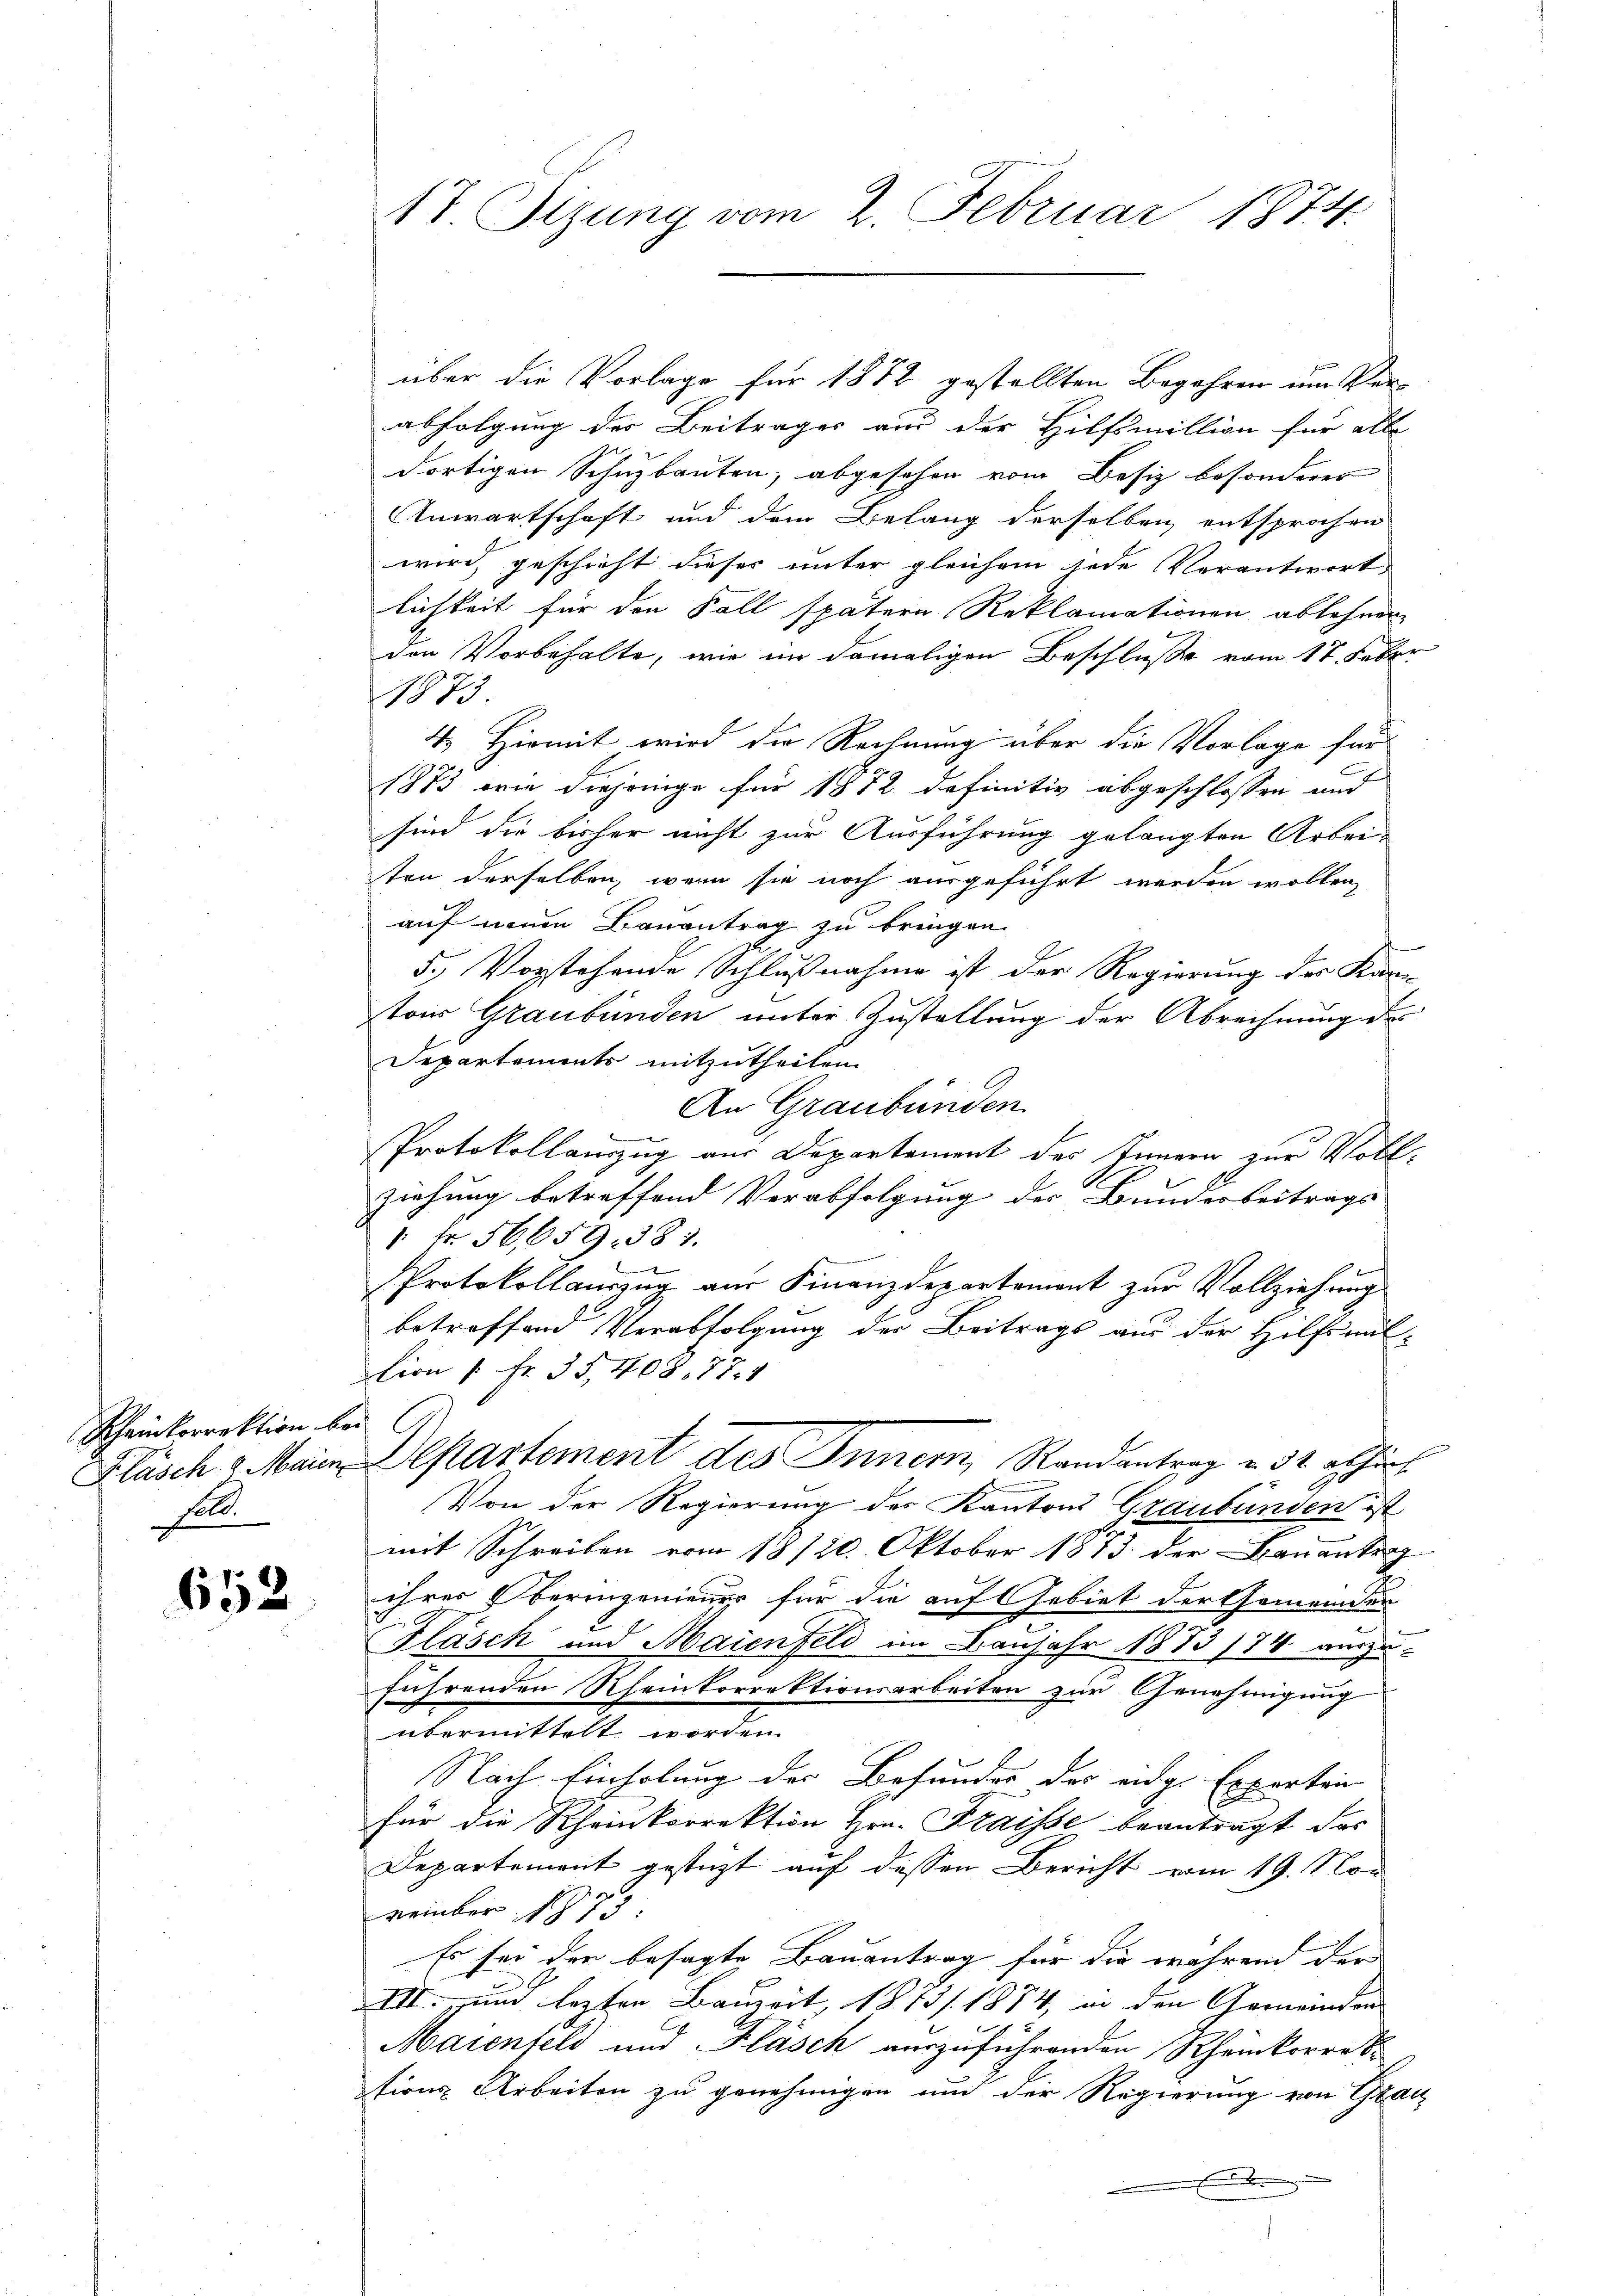
Rheinkorrektion bei.
Kläsch u. Maien
soll.

653

17. Sizung vom 2. Februar 1874.

über die Vorlage für 1872 gestellten Begehren um Verabfolgung der Beitrages aus der Hilfsmillion für alle
dortigen Schuzbauten, abgesehen vom Besiz besonderer
Anwartschaft und dem Belang derselben entsprochen
wird, geschieht dieses unter gleichem jede Verantwort
lichkeit für den Fall spätern Reklamationen ablehnen
den Vorbehalte, wie im damaligen Beschluße vom 17. Feber
1873
4. Hiemit wird die Rechnung über die Vorlage für
1873 von diejenige für 1872 definitiv abgeschlossen und
sind die bisher nicht zur Ausführung gelangten Arbei-
ten derselben, wenn sie noch ausgeführt werden wollen,
auf neuen Bauantrag zu bringen.
n
5.) Vorstehende Schlußnahme ist der Regierung des Kan-
tor Graubünden unter Zustellung der Abrechnung des
Departements mitzutheilen.
An Graubünden.

Protokollauszug aus Departement des Innern zur Voll-
ziehung betreffend Verabfolgung der Bunderbeitrags- |
" fr. 56,659. 381.
7
Protokollauszug aus Finanzdepartement zur Vollziehung
betreffend Verabfolgung der Beitrags aus der Hilfsmit-
tion 1 Fr. 35, 408. 77. 1
l
Departement des Inner, Randantrag u. 32. abhin
Von der Regierung des Kantons Graubünden ist
mit Schreiben vom 18/20. Oktober 1873 der Bauantrag
ihres Oberingenieuer für die auf Gebiet der Gemeinder
Fläsch und Maienfeld im Banjahr 1873/74 auszuführenden Rheinkorrektionsarbeiten zur Genehmigung
übermittelt worden.
Nach Einholung der Befunder der eidg. Experten
für die Rheinkorrektion Hrn. Fraisse beantragt das
Departement gestüzt auf dessen Bericht vom 19. Nor
vember 1873
Es sei der besagte Bauantrag für die während der
VII. und lezten Bauzeit, 1873/ 1874, in den Gemeinden |
Maienfeld und Fläsch auszuführenden Rheinkorres
tions Arbeiten zu genehmigen und der Regierung von Grau
.